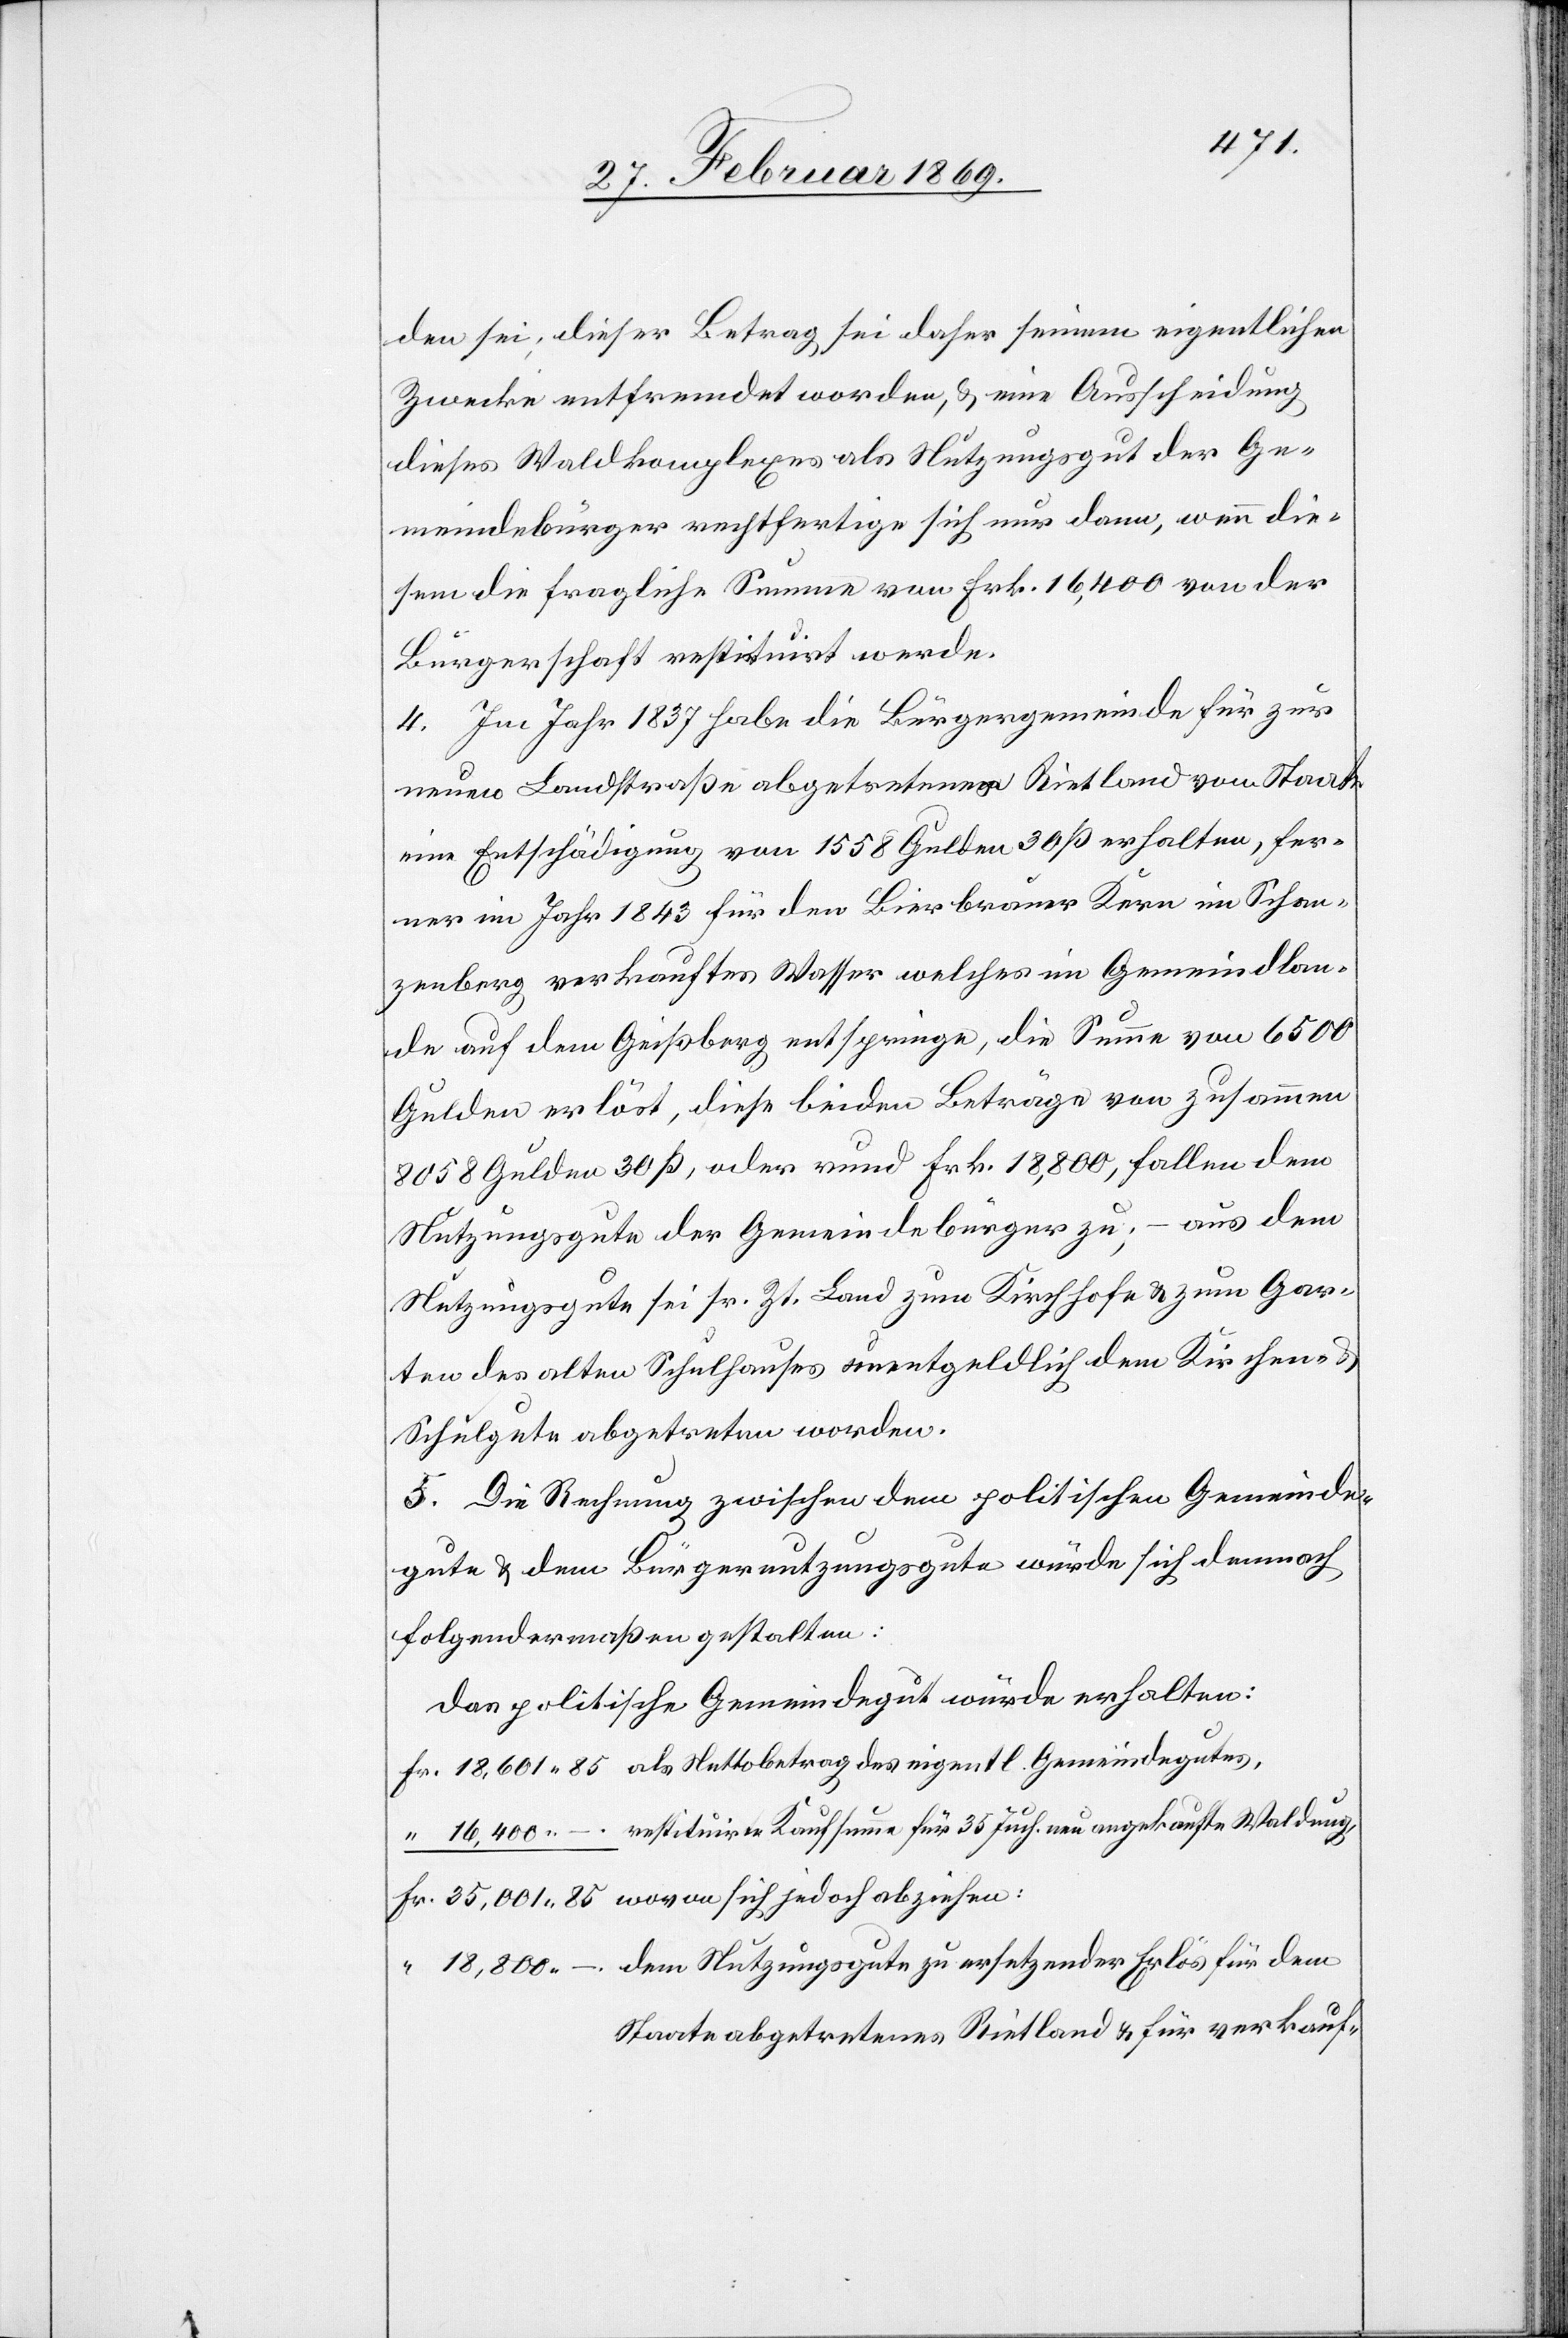
den sei; dieser Betrag sei daher seinem eigentlichen
Zwecke entfremdet worden, & eine Ausscheidung
dieses Waldkomplexes als Nutzungsgut der Ge¬
meindebürger rechtfertige sich nur dann, wenn die¬
sem die fragliche Summe von Frk. 16,400 von der
Bürgerschaft restituirt werde.
4. Im Jahr 1837 habe die Bürgergemeinde für zur
neuen Landstraße abgetretenem Rietland vom Staat
eine Entschädigung von 1558 Gulden 30 ß erhalten, fer¬
ner im Jahr 1843 für den Bierbrauer Kern im Schan¬
zenberg verkauftes Wasser welches im Gemeindlan¬
de auf dem Geißberg entspringe, die Summe von 6500
Gulden erlöst, diese beiden Beträge von zusammen
8058 Gulden 30 ß, oder rund Frk. 18,800, fallen dem
Nutzungsgute der Gemeindebürger zu; – aus dem
Nutzungsgute sei sr. Zt. Land zum Kirchhofe & zum Gar¬
ten des alten Schulhauses unentgeldlich dem Kirchen- &
Schulgute abgetreten worden.
5. Die Rechnung zwischen dem politischen Gemeinde¬
gute & dem Bürgernutzungsgute würde sich demnach
folgendermaßen gestalten:
Das politische Gemeindgut würde erhalten:
Staate abgetretenes Rietland u. für verkauf-